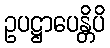
ဥပဋ္ဌာပေန္တိပိ